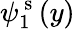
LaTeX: {\psi}_{1}^{\mathrm{~s~}}(y)